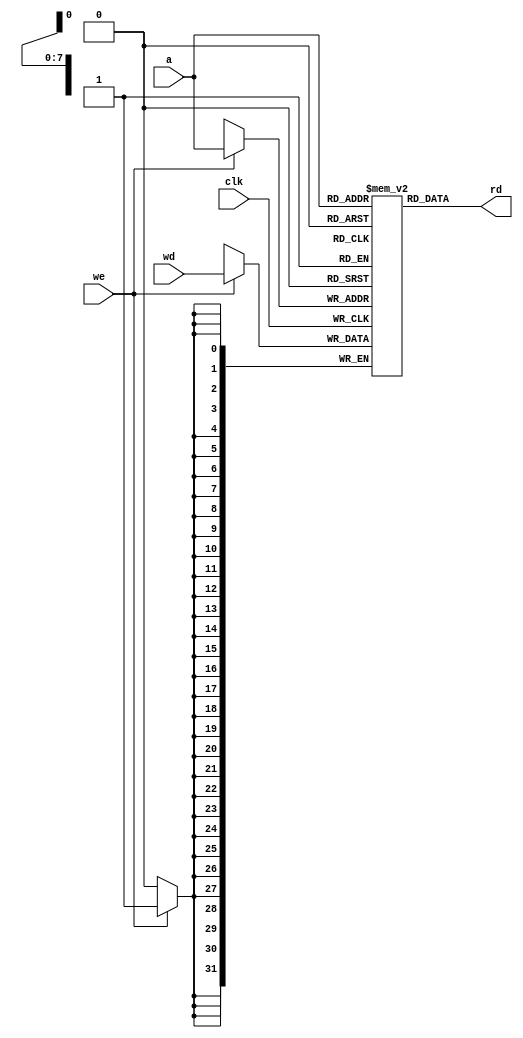
module heapmemory(input         clk, we,
            input  [7:0] a, 
			input [31:0] wd,
            output [31:0] rd);
reg  [31:0] RAM[255:0];

  assign rd = RAM[a[31:0]]; // word aligned

  always @(posedge clk)
    if (we)
      RAM[a[31:0]] <= wd;		
			
endmodule